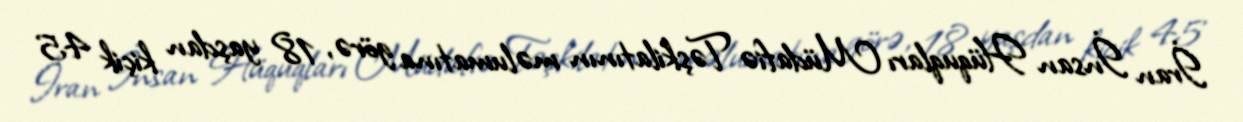
İran İnsan Hüquqları Müdafiə Təşkilatının məlumatına görə, 18 yaşdan kiçik 45